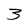
Character: 3